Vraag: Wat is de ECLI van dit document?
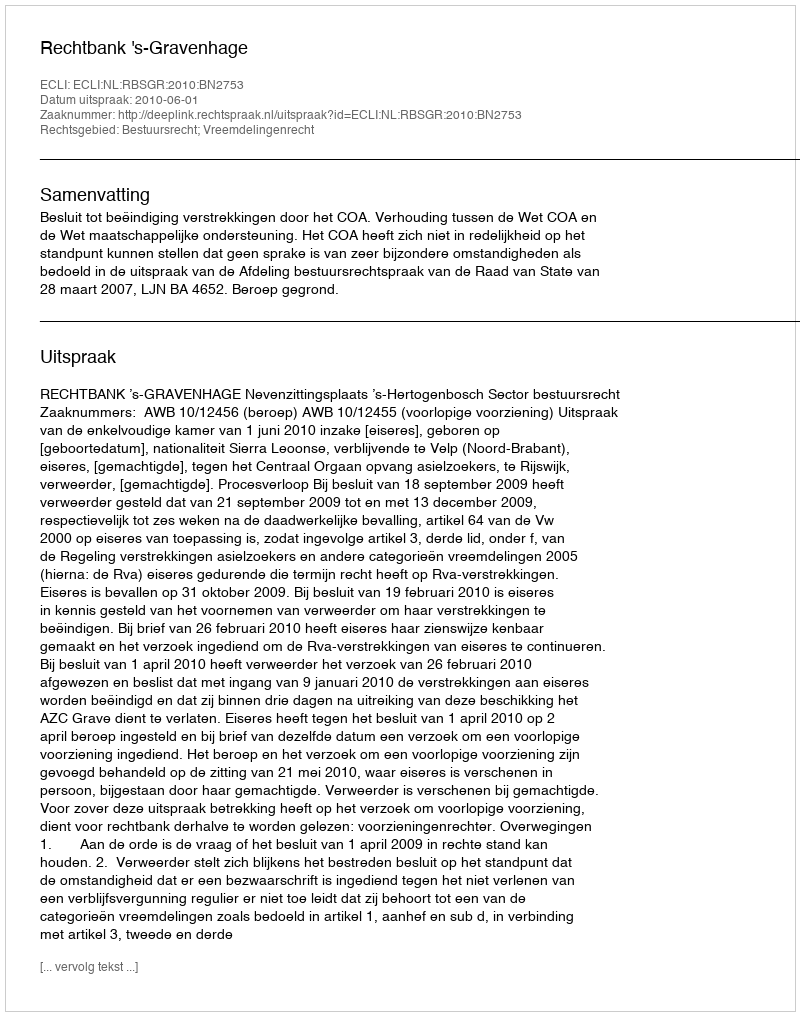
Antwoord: ECLI:NL:RBSGR:2010:BN2753